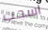
اسحب